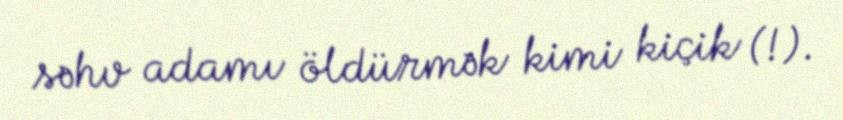
səhv adamı öldürmək kimi kiçik (!).